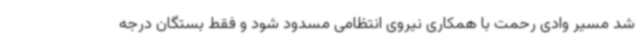
شد مسیر وادی رحمت با همکاری نیروی انتظامی مسدود شود و فقط بستگان درجه